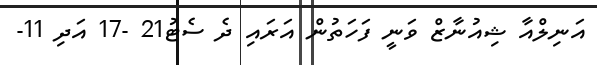
އަނިލްއާ ޝިއުނާޒް ވަނީ ފަހަތުން އަަރައި ދެ ސެޓު21 -17 އަދި 11-